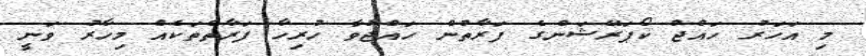
މި އަހަރު ހައްޖު ކޯޕަރޭޝަންގެ ފަރާތުން ހައްޖުވާ ހުރިހާ ފަރާތްތަކެއް މިހާރު ވަނީ